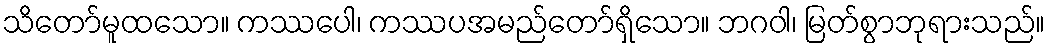
သိတော်မူထသော။ ကဿပေါ၊ ကဿပအမည်တော်ရှိသော။ ဘဂဝါ၊ မြတ်စွာဘုရားသည်။